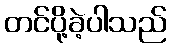
တင်ပို့ခဲ့ပါသည်